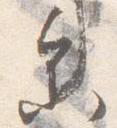
参